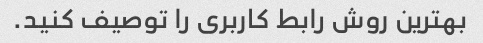
بهترین روش رابط کاربری را توصیف کنید.